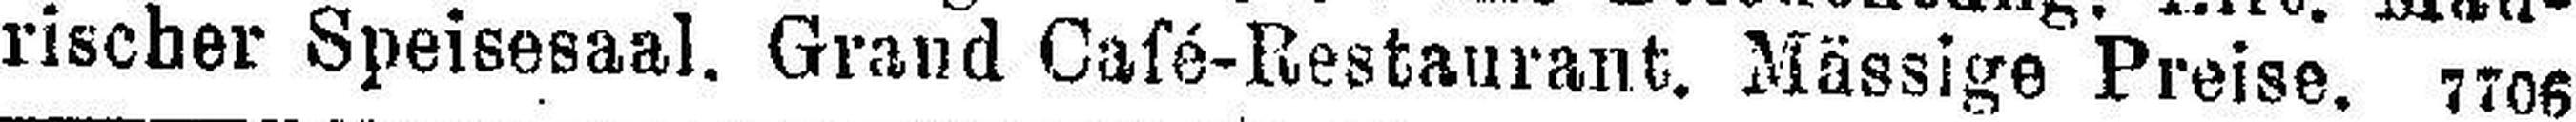
rischer Speisesaal. Grand Café-Restaurant. Mässige Preise. 7706